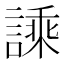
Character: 𧪝